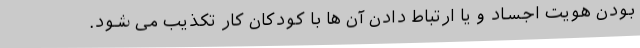
بودن هویت اجساد و یا ارتباط دادن آن ها با کودکان کار تکذیب می شود.